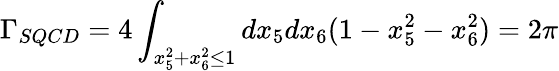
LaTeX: \Gamma_{SQCD}=4\int_{x_{5}^{2}+x_{6}^{2}\le 1}dx_{5}dx_{6}(1-x_{5}^{2}-x_{6}^{2})=2\pi